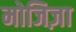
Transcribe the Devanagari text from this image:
मोजिज़ा